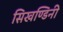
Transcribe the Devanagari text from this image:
सिखण्डिनी